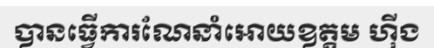
បានធ្វើការណែនាំអោយឧត្តម ហ៊ីង